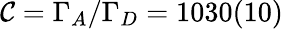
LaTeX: \mathcal{C}=\Gamma_{A}/\Gamma_{D}=1030(10)